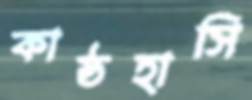
কাষ্ঠহাসি